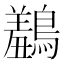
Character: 𪅠